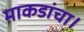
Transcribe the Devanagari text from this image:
माकडांचा।